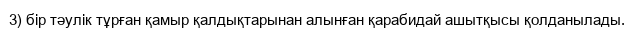
3) бір тәулік тұрған қамыр қалдықтарынан алынған қарабидай ашытқысы қолданылады.